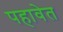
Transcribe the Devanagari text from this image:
पहावेत